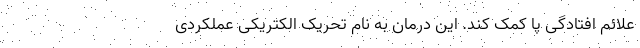
علائم افتادگی پا کمک کند. این درمان به نام تحریک الکتریکی عملکردی